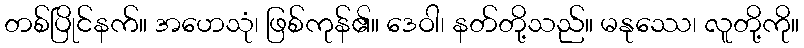
တစ်ပြိုင်နက်။ အဟေသုံ၊ ဖြစ်ကုန်၏။ ဒေဝါ၊ နတ်တို့သည်။ မနုဿေ၊ လူတို့ကို။